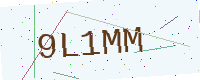
Text: 9L1MM